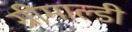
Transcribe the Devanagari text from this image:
ग्रीमाल्डी